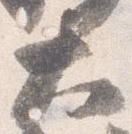
大